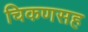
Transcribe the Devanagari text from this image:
चिकणसह